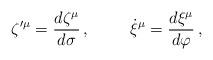
LaTeX: \begin{align*}\zeta{^{\prime\mu}}={d \zeta^\mu\over d\sigma}\, ,\hskip 1 cm\dot \xi{^\mu}={d \xi^\mu\over d\varphi}\, ,\end{align*}